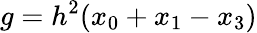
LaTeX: g=h^{2}(x_{0}+x_{1}-x_{3})